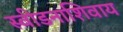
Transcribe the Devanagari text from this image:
स्वीडनाशिवाय